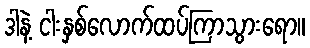
ဒါနဲ့ ငါးနှစ်လောက်ထပ်ကြာသွားရော။